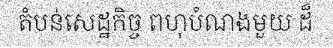
តំបន់សេដ្ឋកិច្ច ពហុបំណងមួយ ដ៏